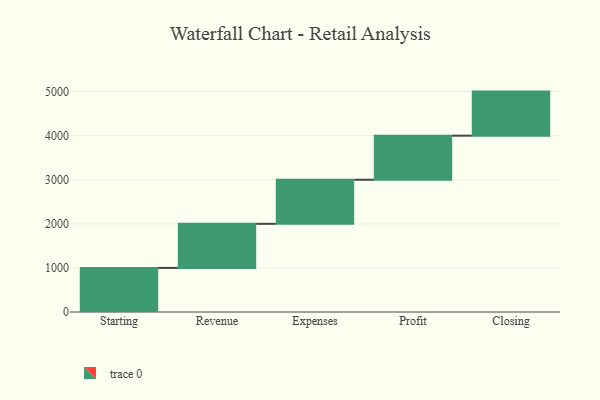
{"axis": {"x": "Step", "y": "Value"}, "legend": [""], "data": [{"x": "Starting", "y": 1000, "type": ""}, {"x": "Revenue", "y": 1000, "type": ""}, {"x": "Expenses", "y": 1000, "type": ""}, {"x": "Profit", "y": 1000, "type": ""}, {"x": "Closing", "y": 1000, "type": ""}]}